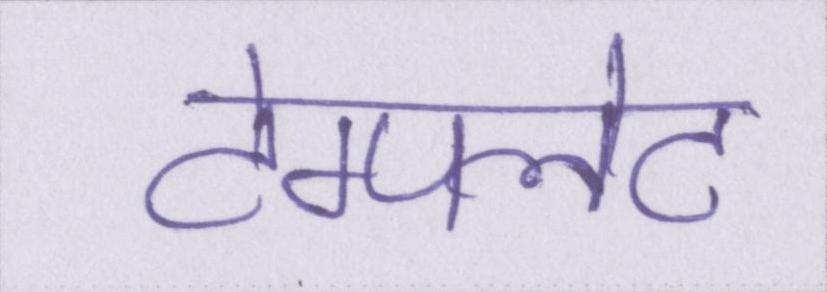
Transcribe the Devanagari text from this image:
टेम्पलेट